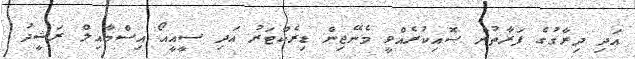
އަދި ދިރާގުގެ ފަރާތުން ސޮއިކުރެއްވީ މެނޭޖިން ޑިރެކްޓަރު އަދި ސީއީއޯ އިސްމާއިލް ރަޝީދު